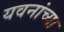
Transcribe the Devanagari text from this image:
यवनांच्या